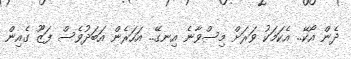
ދެން އޯކޭ.. އެކަމަކު ވަރަށް މިސްވާނެ އިނގޭ.. އަހަރެން އަބަދުވެސް ފަޒޫ ގެއިން